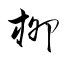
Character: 栁